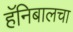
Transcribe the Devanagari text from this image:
हॅनिबालचा